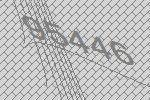
95446